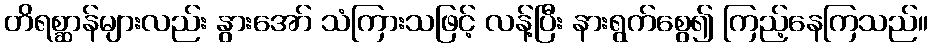
တိရစ္ဆာန်များလည်း နွားအော် သံကြားသဖြင့် လန့်ပြီး နားရွက်စွေ၍ ကြည့်နေကြသည်။